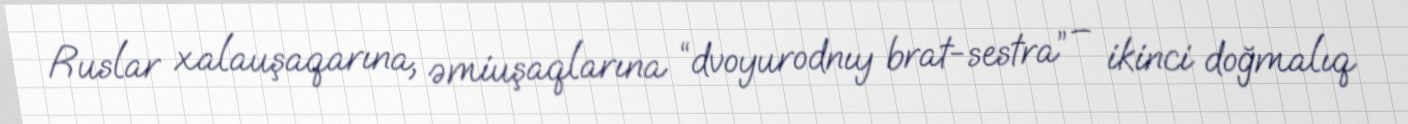
Ruslar xalauşaqarına, əmiuşaqlarına “dvoyurodnıy brat-sestra” – ikinci doğmalıq